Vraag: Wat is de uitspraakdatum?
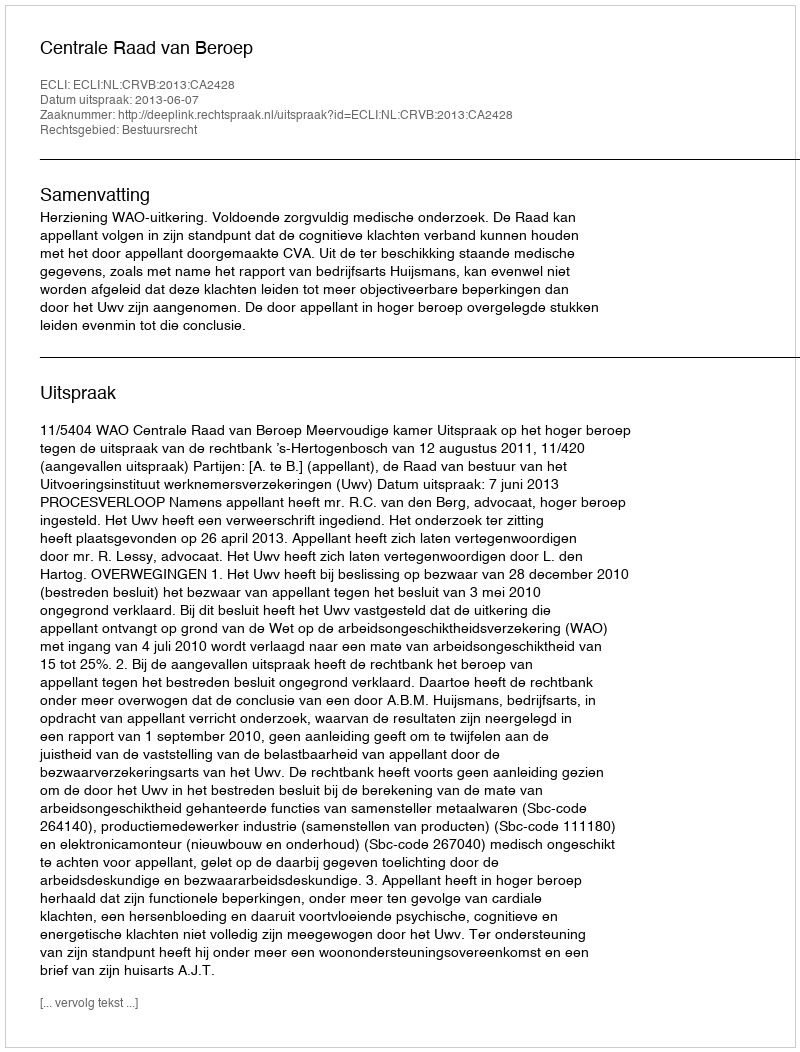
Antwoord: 2013-06-07